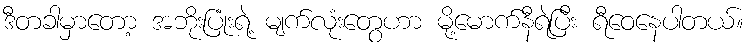
ဒီတခါမှာတော့ အဘိုးပြုံးရဲ့ မျက်လုံးတွေဟာ မို့မောက်နီရဲပြီး ရီဝေနေပါတယ်။